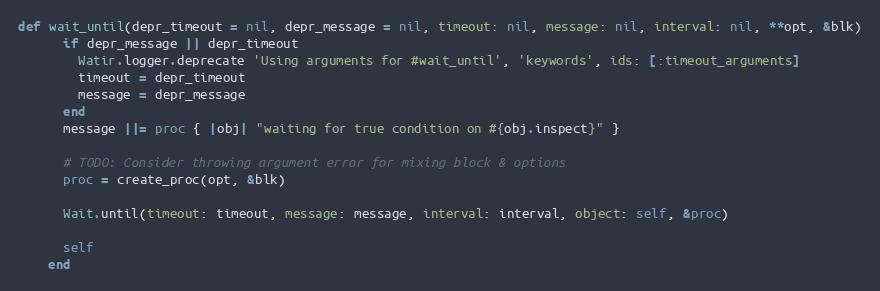
Language: Ruby
def wait_until(depr_timeout = nil, depr_message = nil, timeout: nil, message: nil, interval: nil, **opt, &blk)
      if depr_message || depr_timeout
        Watir.logger.deprecate 'Using arguments for #wait_until', 'keywords', ids: [:timeout_arguments]
        timeout = depr_timeout
        message = depr_message
      end
      message ||= proc { |obj| "waiting for true condition on #{obj.inspect}" }

      # TODO: Consider throwing argument error for mixing block & options
      proc = create_proc(opt, &blk)

      Wait.until(timeout: timeout, message: message, interval: interval, object: self, &proc)

      self
    end